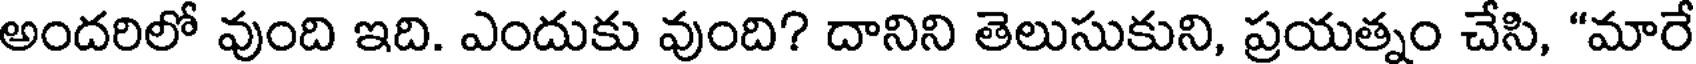
అందరిలో వుంది ఇది. ఎందుకు వుంది? దానిని తెలుసుకుని, ప్రయత్నం చేసి, "మారే